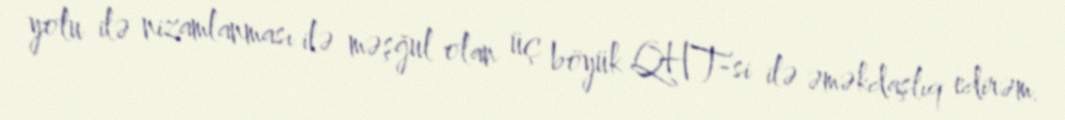
yolu ilə nizamlanması ilə məşğul olan üç böyük QHT-si ilə əməkdaşlıq edirəm.